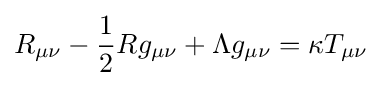
R_{\mu \nu }-{\frac {1}{2}}Rg_{\mu \nu }+\Lambda g_{\mu \nu }=\kappa T_{\mu \nu }